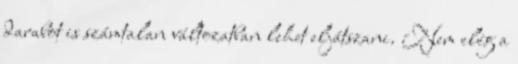
darabot is számtalan változatban lehet eljátszani. Nem elég a